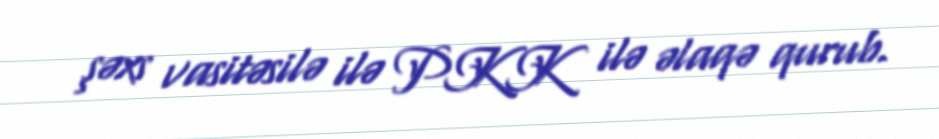
şəxs vasitəsilə ilə PKK ilə əlaqə qurub.